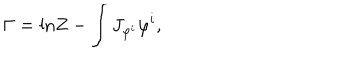
\Gamma = \mathrm { l n } Z - \int J _ { \varphi ^ { i } } \varphi ^ { i } ,